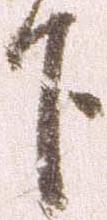
下